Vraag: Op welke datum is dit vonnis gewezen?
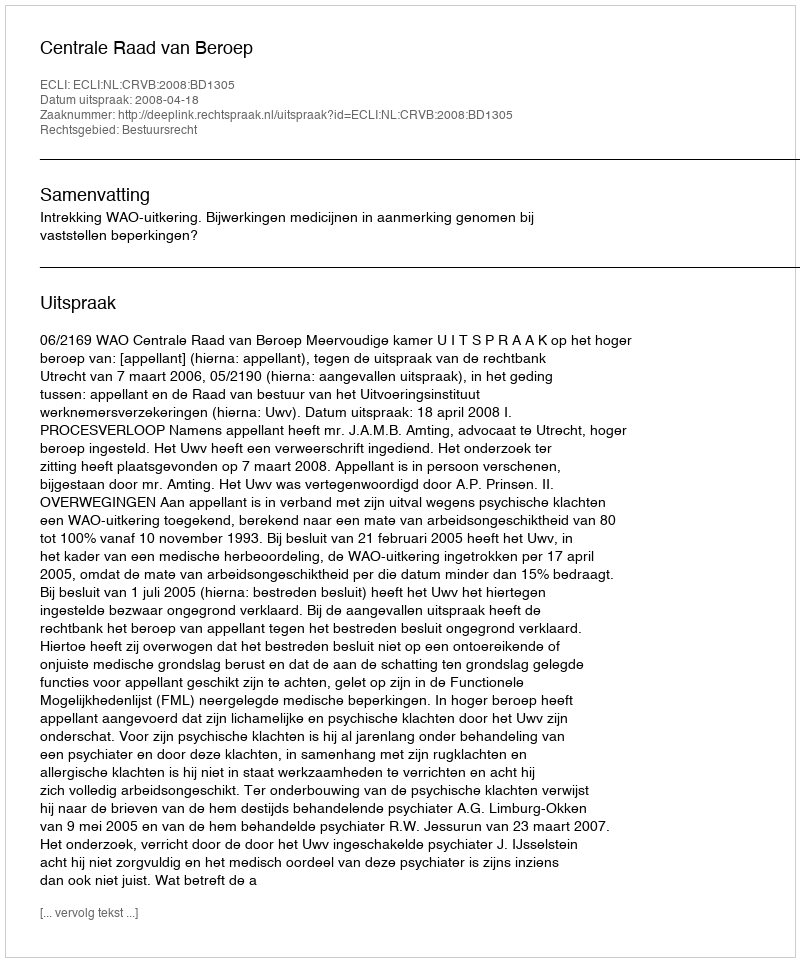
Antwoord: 2008-04-18